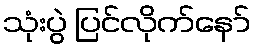
သုံးပွဲ ပြင်လိုက်နော်